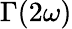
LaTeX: \Gamma(2\omega)